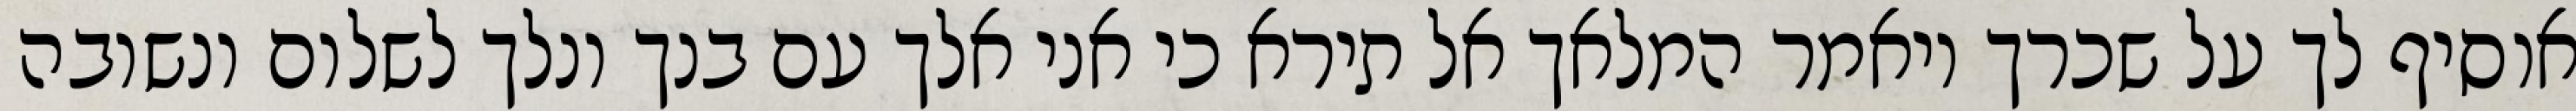
אוסיף לך על שכרך ויאמר המלאך אל תירא כי אני אלך עם בנך ונלך לשלום ונשובה